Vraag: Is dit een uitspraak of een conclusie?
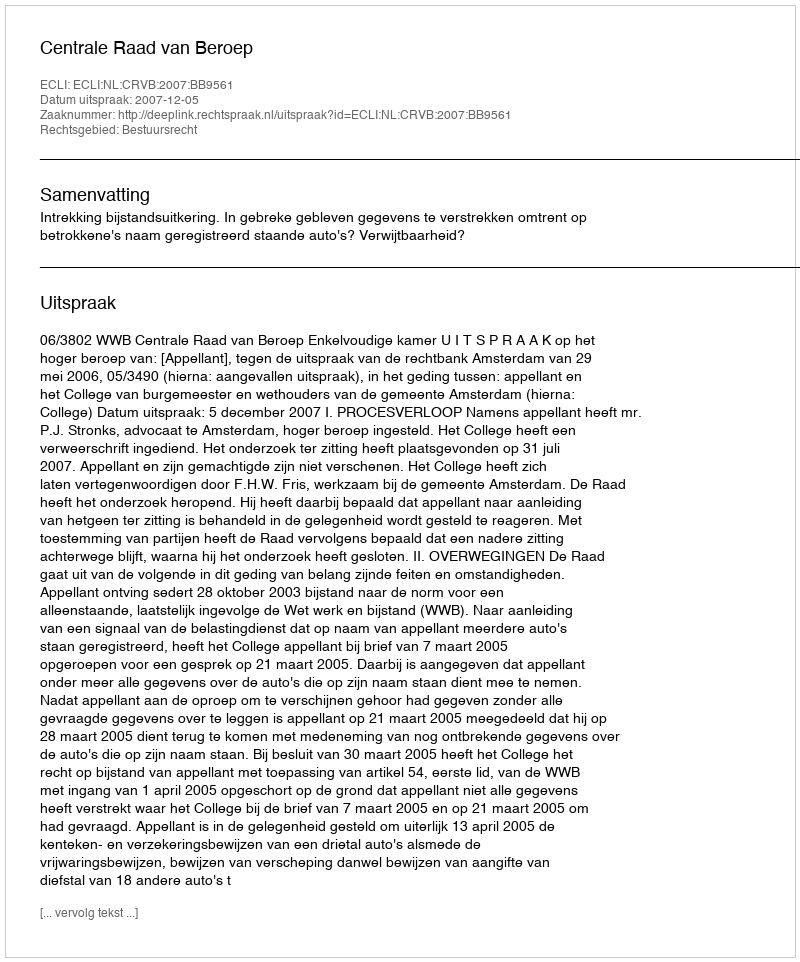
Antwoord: Uitspraak